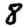
Digit: 8